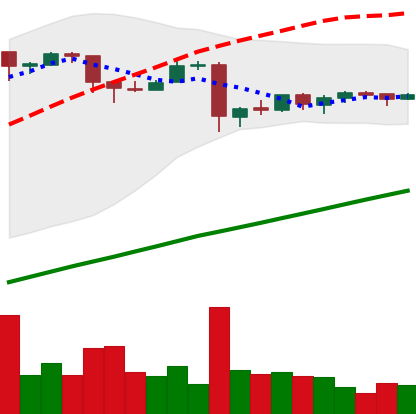
Ticker: BTC-USD
Chart end date: 2016-01-04
Forward return: 3.353%
Label: up_3_5